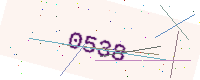
Text: 0538